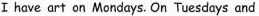
Ⅰ have art on Mondays.On Tuesdays and